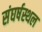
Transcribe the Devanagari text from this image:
संघर्षस्थल